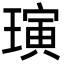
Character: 璌